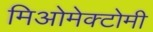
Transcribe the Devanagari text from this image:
मिओमेक्टोमी